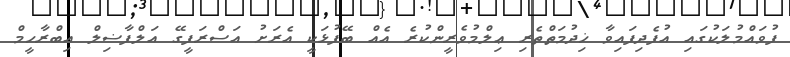
ފުވައްމުލަކުގައި އުފެދިފައިވާ ޚިދުމަތްތެރި ޢިލްމުވެރީންކުރެ އެއް ބޭފުޅަކީ އެރަށު އަސްރަފީގޭ އަލްފާޟިލް އިބްރާހީމް